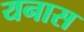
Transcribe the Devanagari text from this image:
यनास